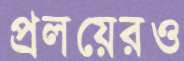
প্রলয়েরও